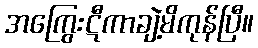
အကြွေးဋီကာချဲ့မိကုန်ပြီ။